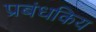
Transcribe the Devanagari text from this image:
प्रबंधकिय